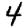
Digit: 4